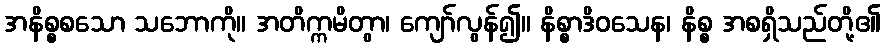
အနိစ္စစသော သဘောကို။ အတိက္ကမိတွာ၊ ကျော်လွန်၍။ နိစ္စာဒိဝသေန၊ နိစ္စ အစရှိသည်တို့၏